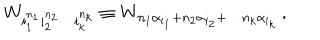
W _ { i _ { 1 } ^ { n _ { 1 } } i _ { 2 } ^ { n _ { 2 } } \cdots i _ { k } ^ { n _ { k } } } \equiv W _ { n _ { 1 } \alpha _ { i _ { 1 } } + n _ { 2 } \alpha _ { i _ { 2 } } + \cdots n _ { k } \alpha _ { i _ { k } } } \, .